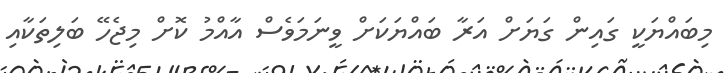
މިބައްޔަކީ ގައިން ގަޔަށް އަރާ ބައްޔަކަށް ވީނަމަވެސް އާއްމު ކޮށް މިޖެހޭ ބަލިތަކާއި